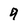
Character: 9